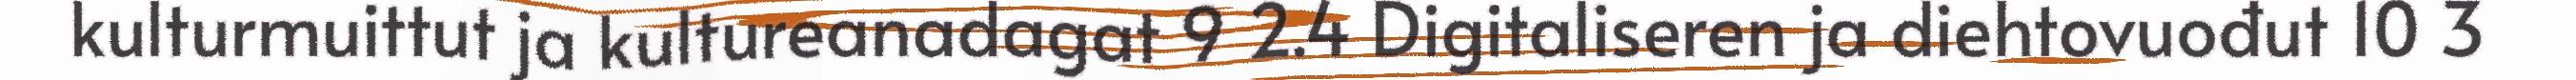
kulturmuittut ja kultureanadagat 9 2.4 Digitaliseren ja diehtovuođut 10 3